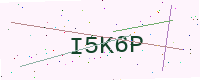
Text: I5K6P